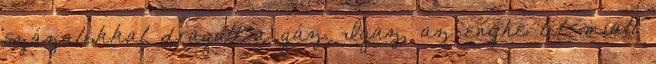
százalékkal drágult a gáz. Igaz, az enyhe tél miatt